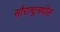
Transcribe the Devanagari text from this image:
सौराष्ट्रमधील